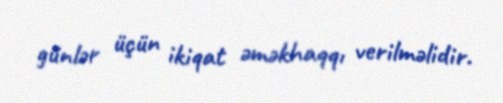
günlər üçün ikiqat əməkhaqqı verilməlidir.